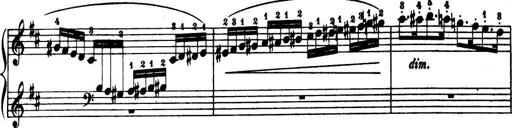
Title: 32 Sonatinas and Rondos for the Piano
Composer: Richard Kleinmichel